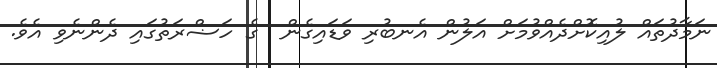
ނަމާދުތައް ލުއިކޮށްދެއްވުމަށް އަލުން އެނބުރި ވަޑައިގެން  ގެ ހަޟްރަތުގައި ދެންނެވި އެވެ.